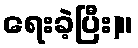
ရေးခဲ့ပြီး)။